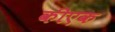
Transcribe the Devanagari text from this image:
कीएक